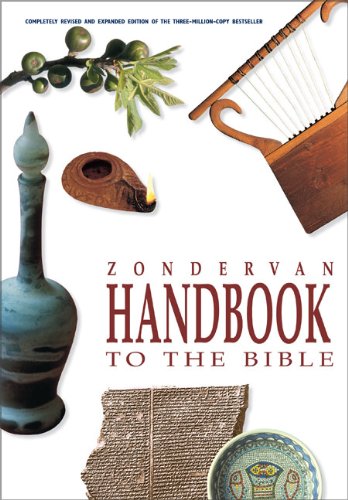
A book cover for Zondervan Handbook to the Bible; David and Pat Alexander; Christian Books & Bibles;